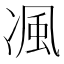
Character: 𭂖